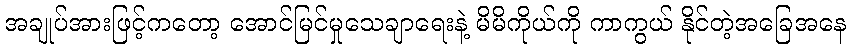
အချုပ်အားဖြင့်ကတော့ အောင်မြင်မှုသေချာရေးနဲ့ မိမိကိုယ်ကို ကာကွယ် နိုင်တဲ့အခြေအနေ